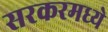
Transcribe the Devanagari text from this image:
सरकरमध्ये